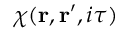
\chi ( \mathbf { r } , \mathbf { r } ^ { \prime } , i \tau )